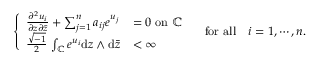
\left\{ \begin{array} { l l } { \frac { \partial ^ { 2 } u _ { i } } { \partial z \partial \bar { z } } + \sum _ { j = 1 } ^ { n } a _ { i j } e ^ { u _ { j } } } & { = 0 \, \, \mathrm { o n } \, \, { \mathbb C } } \\ { \frac { \sqrt { - 1 } } { 2 } \, \int _ { { \mathbb C } } e ^ { u _ { i } } \mathrm { d } z \wedge \mathrm { d } \bar { z } } & { < \infty } \end{array} \right. \quad \mathrm { f o r ~ a l l } \quad i = 1 , \cdots , n .